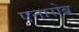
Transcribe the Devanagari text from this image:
एनारोब